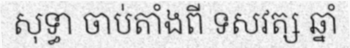
សុទ្ធា ចាប់តាំងពី ទសវត្ស ឆ្នាំ